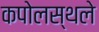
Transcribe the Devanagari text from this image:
कपोलस्थले